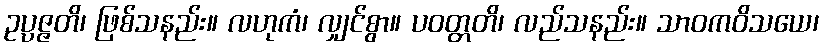
ဥပ္ပဇ္ဇတိ၊ ဖြစ်သနည်း။ လဟုကံ၊ လျှင်စွာ။ ပဝတ္တတိ၊ လည်သနည်း။ သာဝကဝိသယေ၊